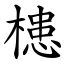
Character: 槵